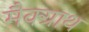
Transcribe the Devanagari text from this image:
मैक्ग्राथ